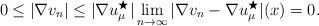
LaTeX: \begin{align*}0\leq |\nabla v_n| \leq |\nabla u_\mu^\bigstar| & \lim_{n\to\infty} |\nabla v_n - \nabla u_\mu^\bigstar|(x) = 0 .\end{align*}